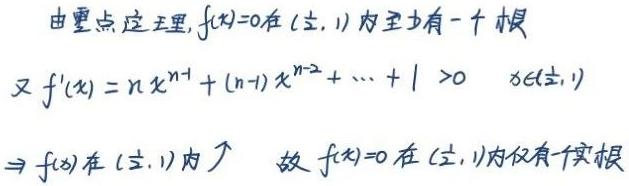
由零点定理, $f(x)=0$ 在 $(\frac{1}{2},1)$ 内至少有一个根.
又 $f'(x)=nx^{n - 1}+(n - 1)x^{n - 2}+\cdots+1>0\quad x\in(\frac{1}{2},1)$
$\Rightarrow f(x)$ 在 $(\frac{1}{2},1)$ 内 $\nearrow$ 故 $f(x)=0$ 在 $(\frac{1}{2},1)$ 内仅有一个实根.